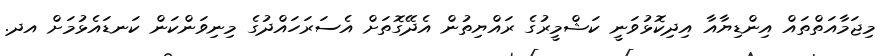
މިޖަމާއަތްތައް އިންޑިޔާއާ އިދިކޮޅުވަނީ ކަޝްމީރުގެ ރައްޔިތުން އެދޭގޮތަށް އެސަރަހައްދުގެ މިނިވަންކަން ކަނޑައެޅުމަށް އދ.